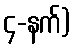
၄-နက်)